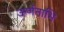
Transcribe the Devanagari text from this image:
ऊर्णनाभि